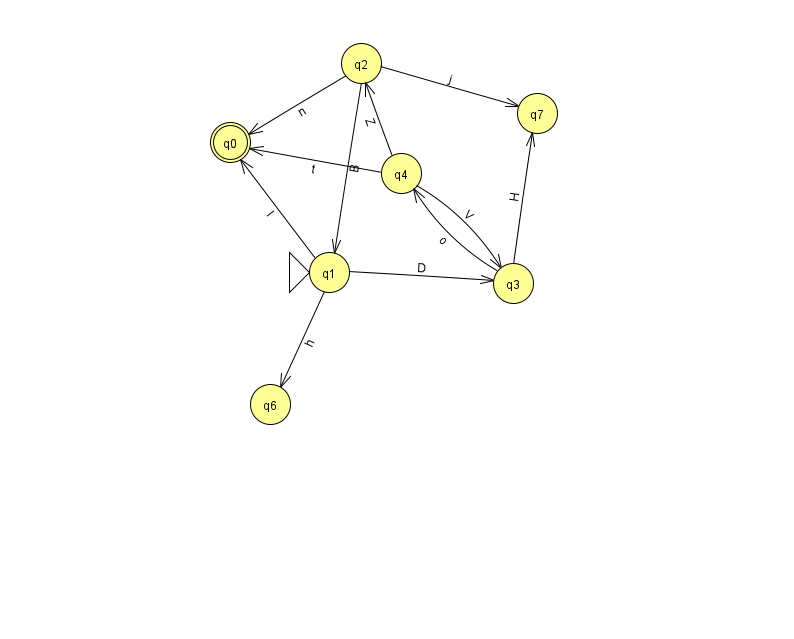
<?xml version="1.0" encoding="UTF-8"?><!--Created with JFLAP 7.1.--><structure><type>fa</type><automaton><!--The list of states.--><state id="0" name="q0"><x>230.0</x><y>129.0</y><final/></state><state id="1" name="q1"><x>329.0</x><y>259.0</y><initial/></state><state id="2" name="q2"><x>361.0</x><y>50.0</y></state><state id="3" name="q3"><x>513.0</x><y>270.0</y></state><state id="4" name="q4"><x>401.0</x><y>160.0</y></state><state id="6" name="q6"><x>270.0</x><y>391.0</y></state><state id="7" name="q7"><x>537.0</x><y>100.0</y></state><!--The list of transitions.--><transition><from>4</from><to>0</to><read>t</read></transition><transition><from>4</from><to>3</to><read>V</read></transition><transition><from>1</from><to>3</to><read>D</read></transition><transition><from>2</from><to>7</to><read>j</read></transition><transition><from>2</from><to>0</to><read>n</read></transition><transition><from>4</from><to>2</to><read>Z</read></transition><transition><from>1</from><to>6</to><read>h</read></transition><transition><from>1</from><to>0</to><read>l</read></transition><transition><from>3</from><to>4</to><read>o</read></transition><transition><from>2</from><to>1</to><read>B</read></transition><transition><from>3</from><to>7</to><read>H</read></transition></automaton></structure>